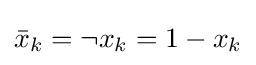
{\bar {x}}_{k}={\lnot }{x}_{k}=1-x_{k}